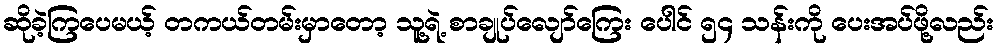
ဆိုခဲ့ကြပေမယ့် တကယ်တမ်းမှာတော့ သူ့ရဲ့ စာချုပ်လျော်ကြေး ပေါင် ၅၄ သန်းကို ပေးအပ်ဖို့လည်း